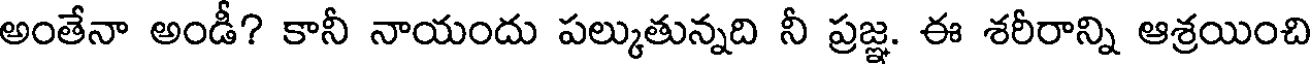
అంతేనా అండీ? కానీ నాయందు పల్కుతున్నది నీ ప్రజ్ఞ. ఈ శరీరాన్ని ఆశ్రయించి